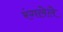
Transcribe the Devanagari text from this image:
रंगलेले